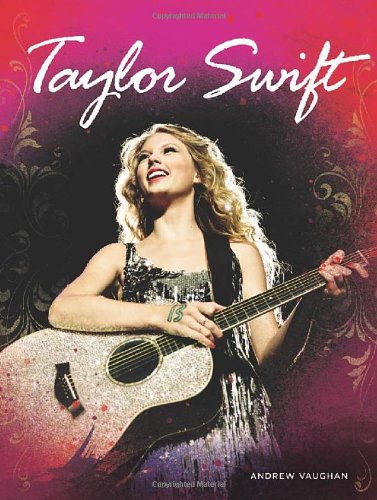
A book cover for Taylor Swift; Andrew Vaughan; Teen & Young Adult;